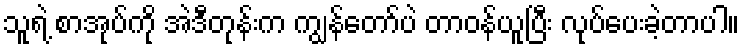
သူရဲ့ စာအုပ်ကို အဲဒီတုန်းက ကျွန်တော်ပဲ တာဝန်ယူပြီး လုပ်ပေးခဲ့တာပါ။